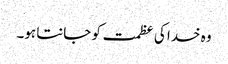
وہ خدا کی عظمت کو جانتا ہو۔